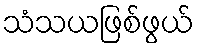
သံသယဖြစ်ဖွယ်